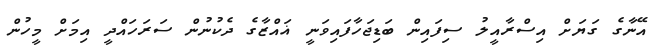
އޭނާގެ ގަޔަށް އިސްރާއީލު ސިފައިން ބަޑިޖަހާފައިވަނީ ޣައްޒާގެ ދެކުނުން ސަރަހައްދީ އިމަށް މީހުން